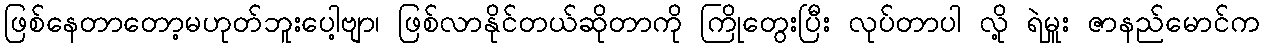
ဖြစ်နေတာတော့မဟုတ်ဘူးပေါ့ဗျာ၊ ဖြစ်လာနိုင်တယ်ဆိုတာကို ကြိုတွေးပြီး လုပ်တာပါ လို့ ရဲမှူး ဇာနည်မောင်က